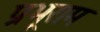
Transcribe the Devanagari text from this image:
प्रभूराम